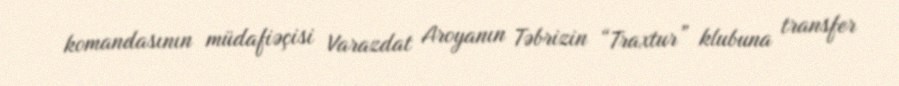
komandasının müdafiəçisi Varazdat Aroyanın Təbrizin “Traxtur” klubuna transfer